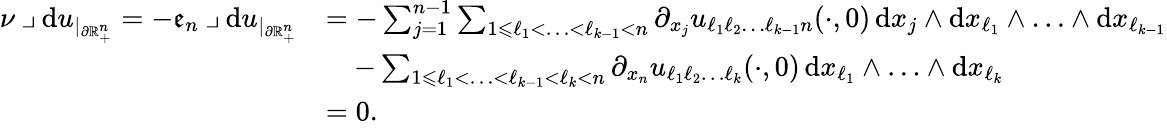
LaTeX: \begin{array}{rl}{\nu\mathbin{\lrcorner}\mathrm{d}u_{|_{\partial\mathbb{R}_{+}^{n}}}=-\mathfrak{e}_{n}\mathbin{\lrcorner}\mathrm{d}u_{|_{\partial\mathbb{R}_{+}^{n}}}}&{=-\sum_{j=1}^{n-1}\sum_{1\leqslant\ell_{1}<\ldots<\ell_{k-1}<n}\partial_{x_{j}}u_{\ell_{1}\ell_{2}\ldots\ell_{k-1}n}(\cdot,0)\, \mathrm{d}x_{j}\wedge\mathrm{d}x_{\ell_{1}}\wedge\ldots\wedge\mathrm{d}x_{\ell_{k-1}}}\\ &{\quad-\sum_{1\leqslant\ell_{1}<\ldots<\ell_{k-1}<\ell_{k}<n}\partial_{x_{n}}u_{\ell_{1}\ell_{2}\ldots\ell_{k}}(\cdot,0)\, \mathrm{d}x_{\ell_{1}}\wedge\ldots\wedge\mathrm{d}x_{\ell_{k}}}\\ &{=0\mathrm{.~}}\end{array}